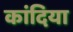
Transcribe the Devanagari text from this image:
कांदिया